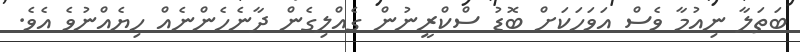
ބަތަލާ ނިއުމާ ވެސް އަވަހަކަށް ބޮޑު ސްކްރީނުން ގެއްލިގެން ދާނެހެންނެއް ހިޔެއްނުވެ އެވެ.